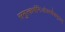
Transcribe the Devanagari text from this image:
समुत्कर्षनिःश्रेयस्यैकमुग्रम्‌